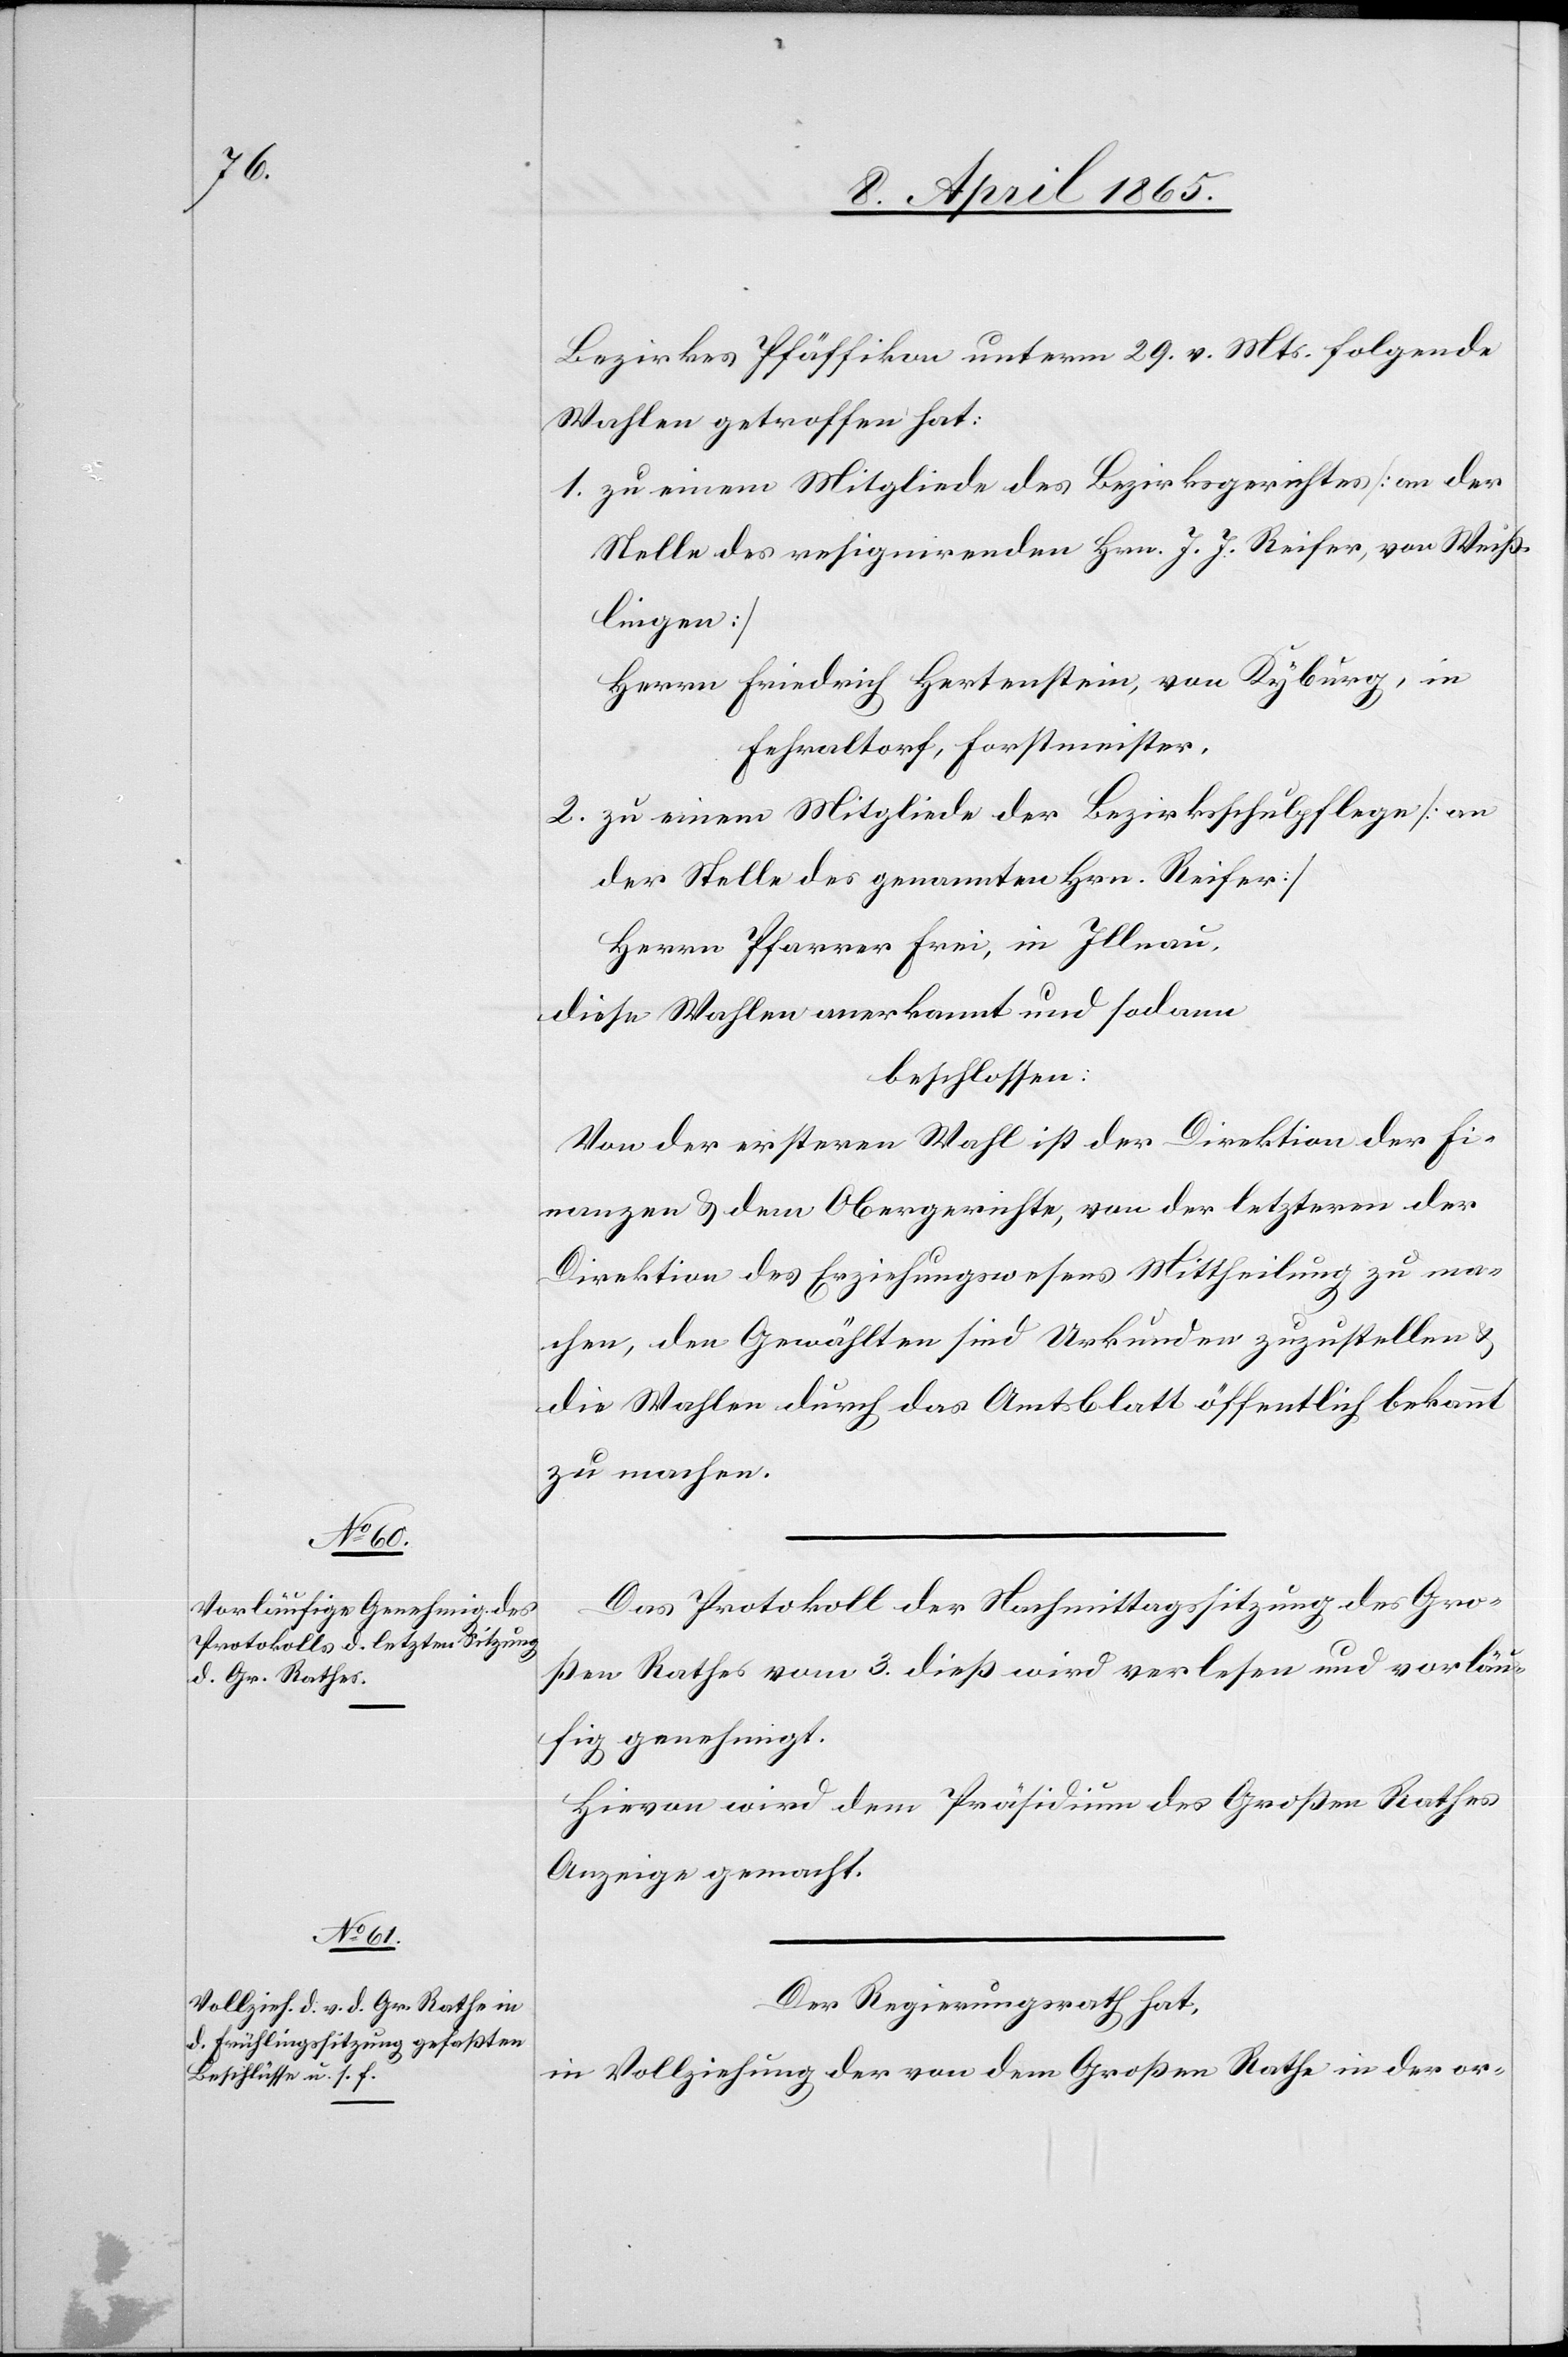
Bezirkes Pfäffikon unterm 29. v. Mts. folgende
Wahlen getroffen hat:
1. zu einem Mitgliede des Bezirksgerichtes [an der
Stelle des resignirenden Hrn. J. J. Reifer, von Weiß¬
lingen]
Herrn Friedrich Hertenstein, von Kyburg, in
Fehraltorf, Forstmeister,
2. zu einem Mitgliede der Bezirksschulpflege [an
der Stelle des genannten Hrn. Reifer]
Herrn Pfarrer Frei, in Illnau,
diese Wahlen anerkannt und sodann
beschlossen:
Von der ersteren Wahl ist der Direktion der Fi¬
nanzen & dem Obergerichte, von der letzteren der
Direktion des Erziehungswesens Mittheilung zu ma¬
chen, den Gewählten sind Urkunden zuzustellen &
die Wahlen durch das Amtsblatt öffentlich bekannt
zu machen.
Das Protokoll der Nachmittagssitzung des Gro¬
ßen Rathes vom 3. dieß wird verlesen und vorläu¬
fig genehmigt.
Hievon wird dem Präsidium des Großen Rathes
Anzeige gemacht.
Der Regierungsrath hat,
in Vollziehung der von dem Großen Rathe in der or-